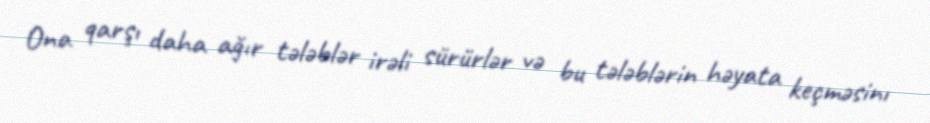
Ona qarşı daha ağır tələblər irəli sürürlər və bu tələblərin həyata keçməsinı